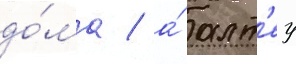
до́ма / а́ алт'еу